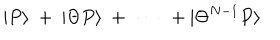
| P \rangle \ + \ | \Theta P \rangle \ + \ \cdots \ + | \Theta ^ { N - 1 } P \rangle